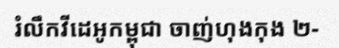
រំលឹកវីដេអូកម្ពុជា ចាញ់ហុងកុង ២-